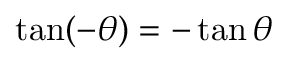
\tan ( - \theta ) = - \tan \theta